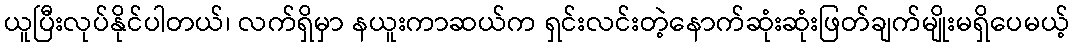
ယူပြီးလုပ်နိုင်ပါတယ်၊ လက်ရှိမှာ နယူးကာဆယ်က ရှင်းလင်းတဲ့နောက်ဆုံးဆုံးဖြတ်ချက်မျိုးမရှိပေမယ့်